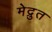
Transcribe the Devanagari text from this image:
मेद्रुत